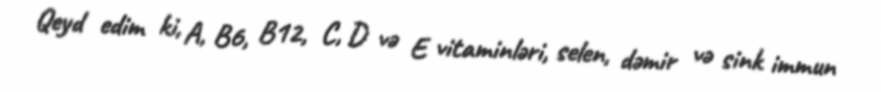
Qeyd edim ki, A, B6, B12, C, D və E vitaminləri, selen, dəmir və sink immun